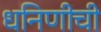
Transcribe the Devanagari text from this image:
धनिणीची